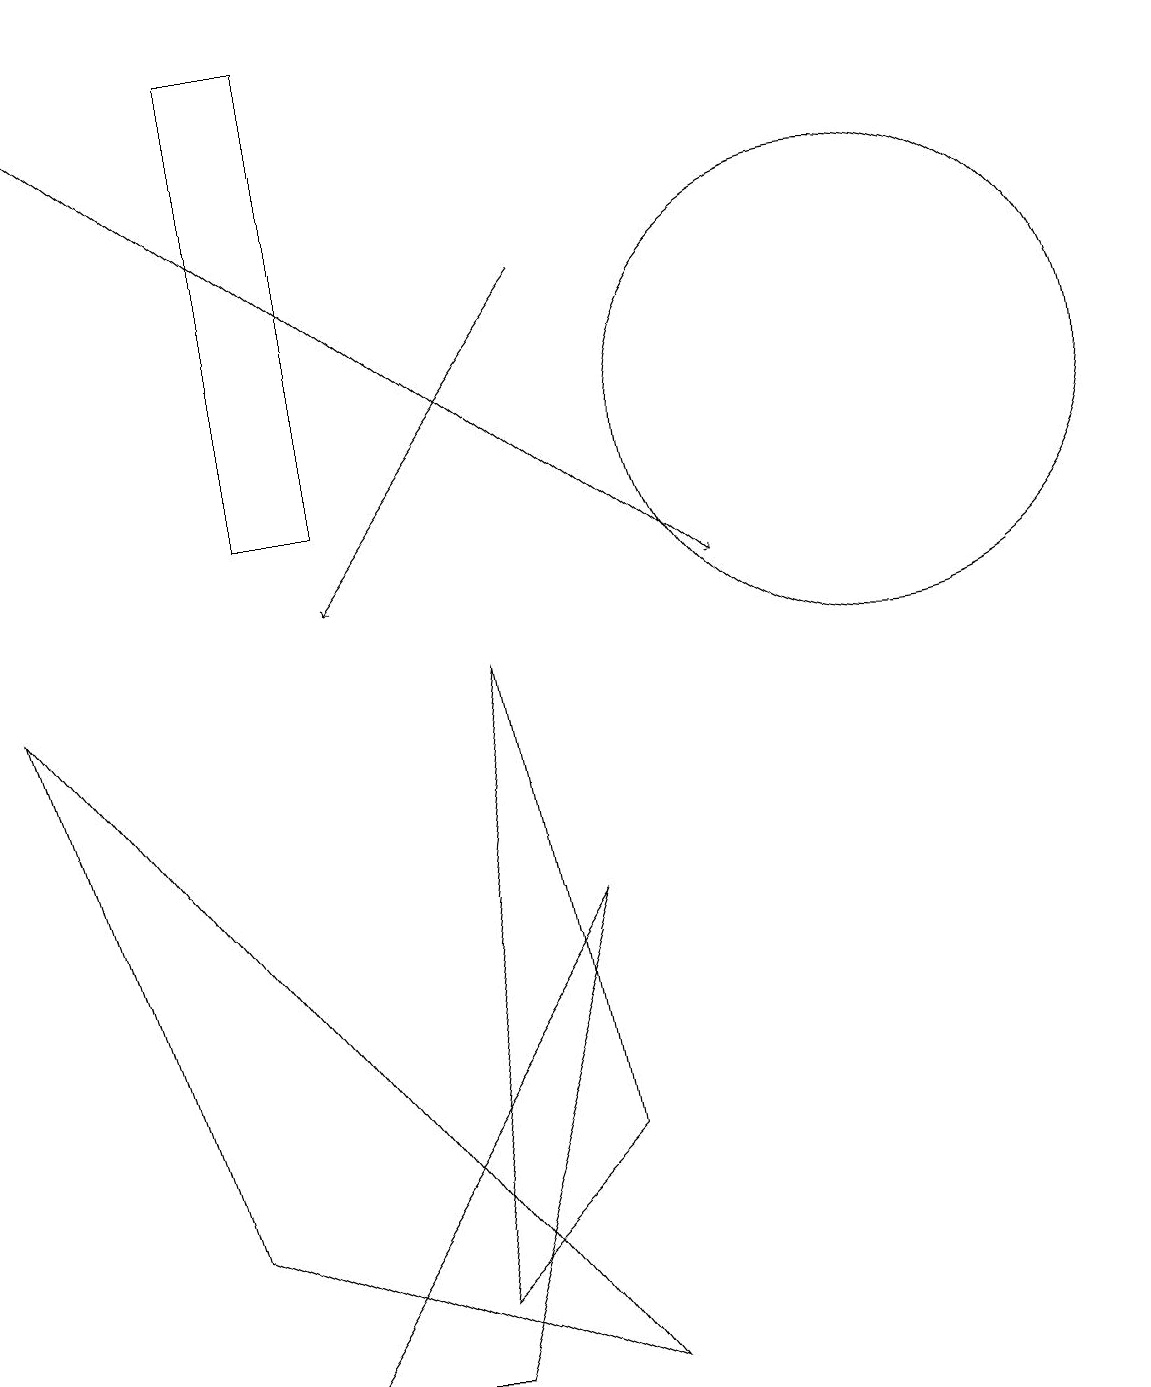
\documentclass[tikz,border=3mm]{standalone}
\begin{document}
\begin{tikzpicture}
\draw (7,3) -- (5,1) -- (6,9) -- cycle;
\draw (0,9) -- (2,2) -- (7,0) -- cycle;
\draw[->] (7,14) -- (4,10);
\draw[->] (0,17) -- (9,10);
\draw (7,6) -- (3,0) -- (5,0) -- cycle;
\draw (11,12) circle (3);
\draw (4,17) rectangle (3,11);
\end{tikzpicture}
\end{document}